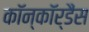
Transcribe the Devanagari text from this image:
कॉन्कॉर्डैंस